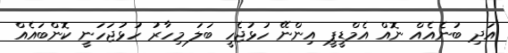
އަދި ބުނެއެއް ނޮއް އެމްޑީޕީ އިންނޭ ހުޅުޖެހީ ބަލަ މިހާރު ހުޅުޖަހަނީ ކޮންބައެއް